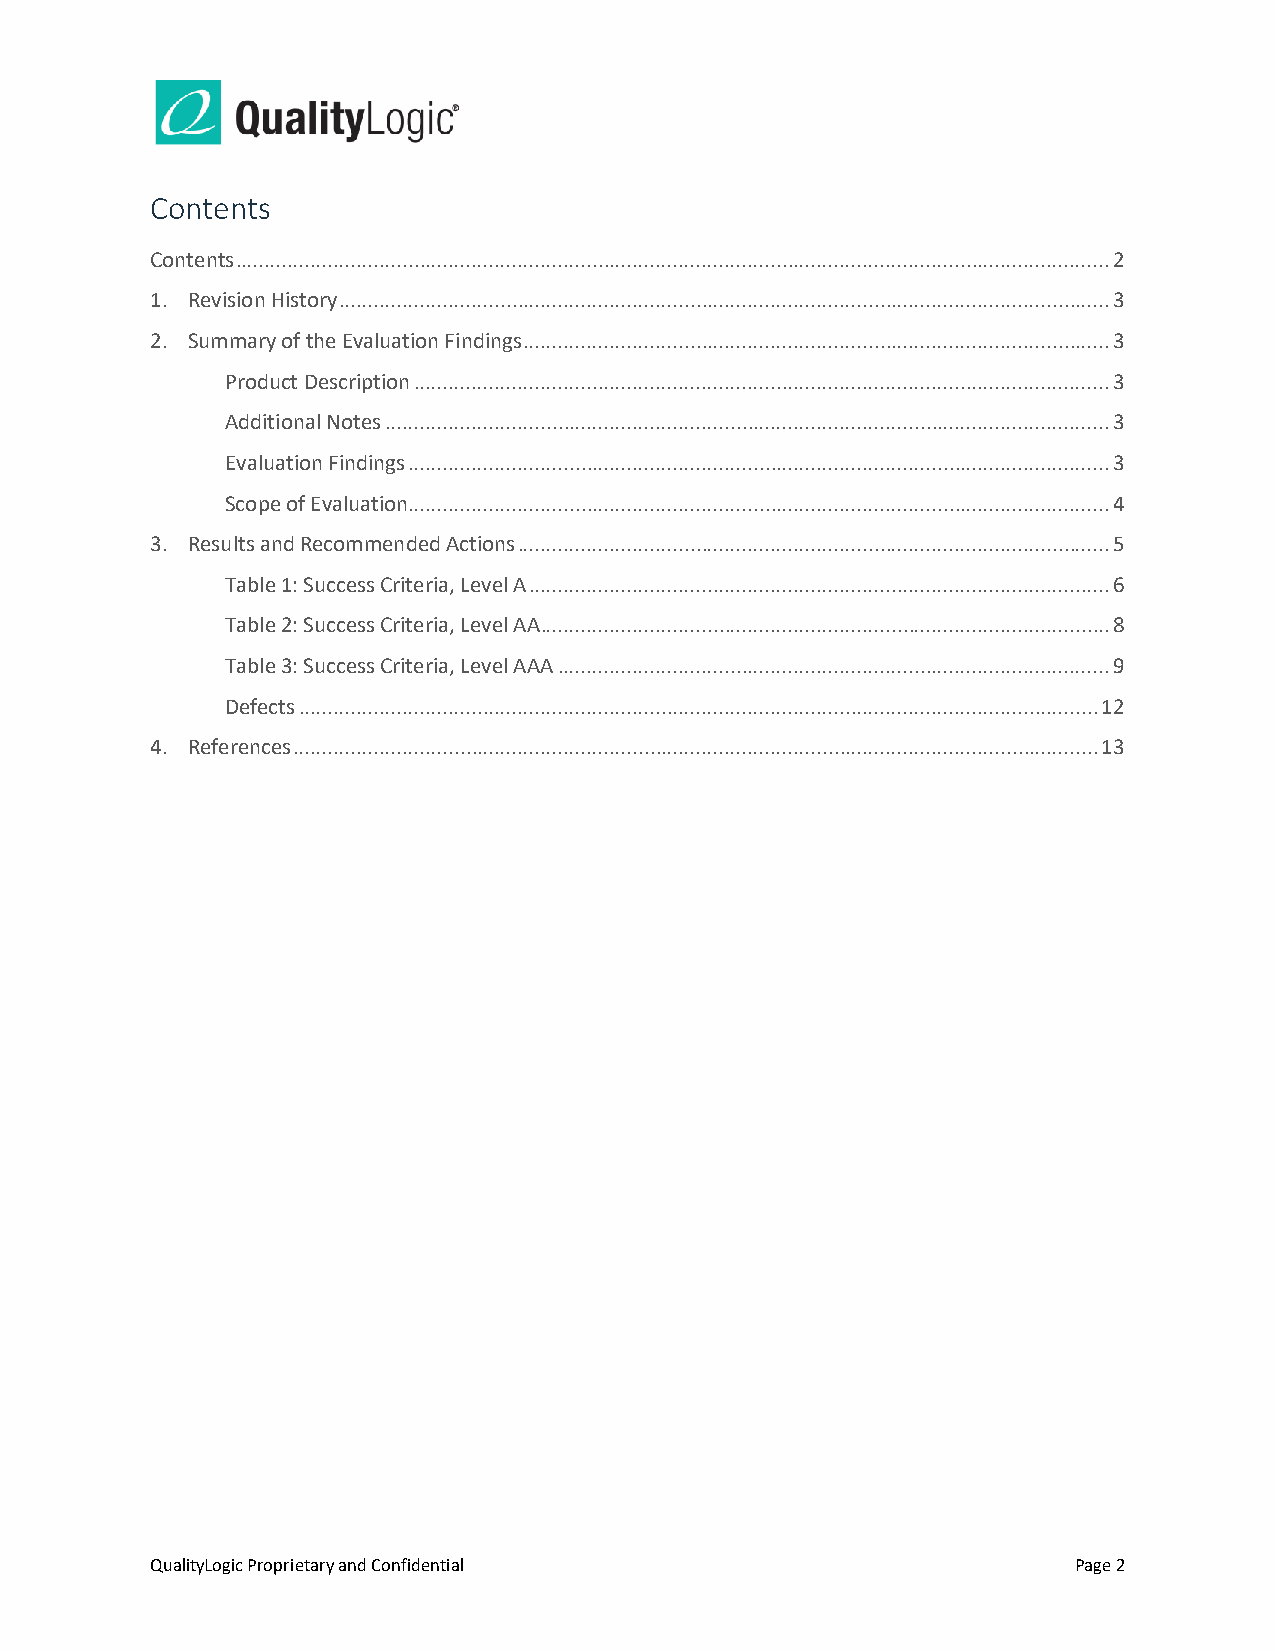
Contents
 Contents ........................................................................................................................................................ 2
 1. Revision History ...................................................................................................................................... 3
 2. Summary of the Evaluation Findings ...................................................................................................... 3
 Product Description ......................................................................................................................... 3
 Additional Notes .............................................................................................................................. 3
 Evaluation Findings .......................................................................................................................... 3
 Scope of Evaluation .......................................................................................................................... 4
 3. Results and Recommended Actions ....................................................................................................... 5
 Table 1: Success Criteria, Level A ..................................................................................................... 6
 Table 2: Success Criteria, Level AA ................................................................................................... 8
 Table 3: Success Criteria, Level AAA ................................................................................................ 9
 Defects ........................................................................................................................................... 12
 4. References ............................................................................................................................................ 13
 QualityLogic Proprietary and Confidential                    Page 2